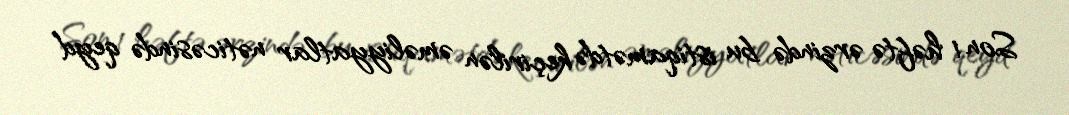
Son 1 həftə ərzində bu istiqamətdə keçirilən əməliyyatlar nəticəsində qeyd